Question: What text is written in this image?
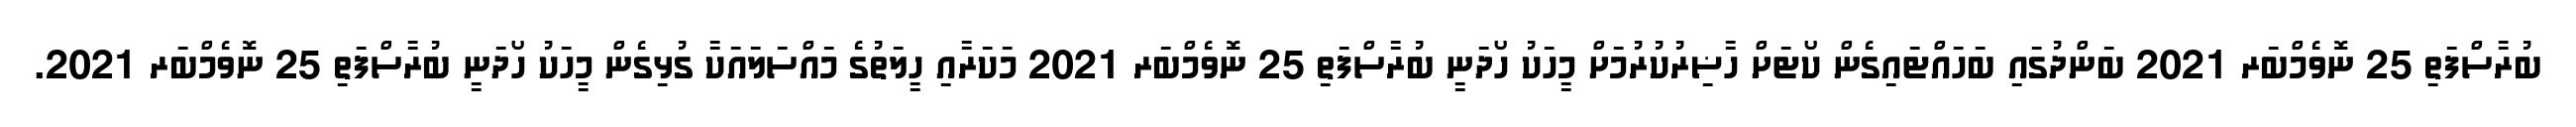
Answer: ބުރާސްފަތި 25 ނޮވެމްބަރ 2021 ބަންދުގައި ބަހައްޓައިގެން ކޯޓަށް ހާޟިރުކުރުމަށް މީހަކު ހޯދަނީ ބުރާސްފަތި 25 ނޮވެމްބަރ 2021 މަކަރާއި ހީލަތުގެ މައްސަލައަކާ ގުޅިގެން މީހަކު ހޯދަނީ ބުރާސްފަތި 25 ނޮވެމްބަރ 2021.